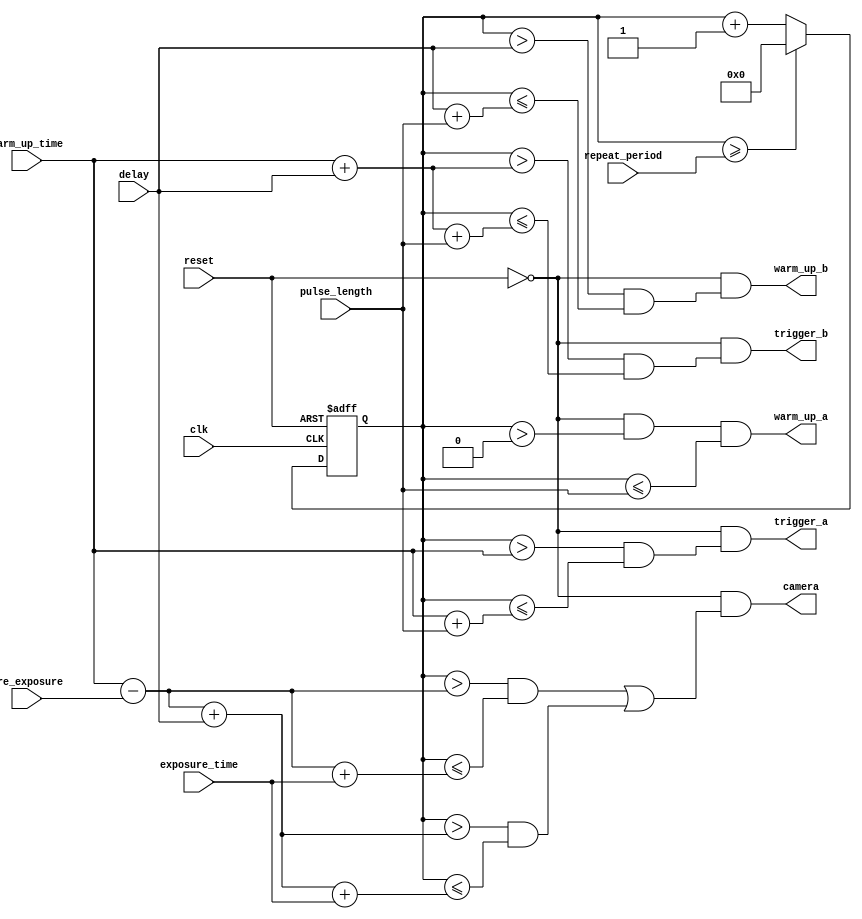
module pulser #(
	parameter N_BITS = 20
) (
	input clk,
	input reset,
	input [N_BITS-1:0] repeat_period,
	input [N_BITS-1:0] pulse_length,
	input [N_BITS-1:0] warm_up_time,
	input [N_BITS-1:0] delay,
	input [N_BITS-1:0] pre_exposure,
	input [N_BITS-1:0] exposure_time,
	output warm_up_a,
	output warm_up_b,
	output trigger_a,
	output trigger_b,
	output camera
);
	reg [N_BITS-1:0] count = 0;

	always @(posedge clk, posedge reset) begin
		if (reset) begin
			count <= 0;
		end else if (count >= repeat_period) begin
			count <= 0;
		end else begin
			count <= count + 1;
		end
	end

	assign warm_up_a = ~reset & (count > 0) & (count <= pulse_length);
	assign warm_up_b = ~reset & (
		(count > delay) &
		(count <= (delay + pulse_length)));
	assign trigger_a = ~reset & (
		(count > warm_up_time) &
		(count <= (warm_up_time + pulse_length)));
	assign trigger_b = ~reset & (
		(count > (warm_up_time + delay)) &
		(count <= (warm_up_time + delay + pulse_length)));
	assign camera = ~reset & (
		(
			(count > (warm_up_time - pre_exposure)) &
			(count <= (warm_up_time - pre_exposure + exposure_time))) |
		(
			(count > (warm_up_time - pre_exposure + delay)) &
			(count <= (warm_up_time - pre_exposure + delay + exposure_time))));
endmodule